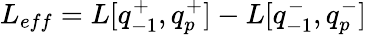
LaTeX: L_{eff}=L[q_{-1}^{+},q_{p}^{+}]-L[q_{-1}^{-},q_{p}^{-}]